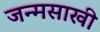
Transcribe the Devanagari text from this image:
जन्मसाखी